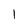
Character: 1